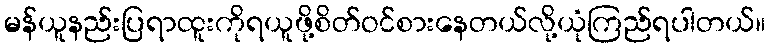
မန်ယူနည်းပြရာထူးကိုရယူဖို့စိတ်ဝင်စားနေတယ်လို့ယုံကြည်ရပါတယ်။